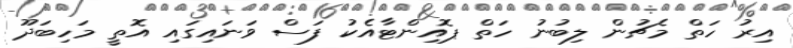
އިރު ހަތް މެޗުން ލިބުނު ހަތް ޕޮއިންޓާއެކު ފަސް ވަނައިގައި އޮތީ މަހިބަދޫ